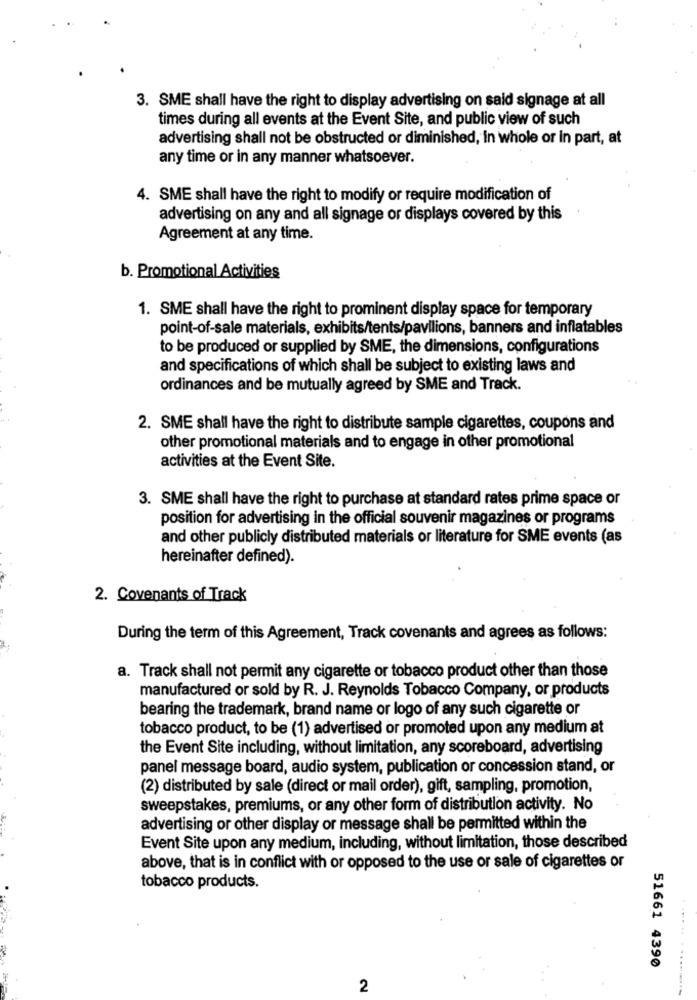
3. SME shall have the right to display advertising on said signage at all
times during all events at the Event Site, and public view of such
advertising shall not be obstructed or diminished, in whole or in part, at
any time or in any manner whatsoever.
4. SME shall have the right to modify or require modification of
advertising on any and all signage or displays covered by this
Agreement at any time.
b. Promotional Activities
1. SME shall have the right to prominent display space for temporary
point-of-sale materials, exhibits/tents/pavilions, banners and inflatables
to be produced or supplied by SME, the dimensions, configurations
and specifications of which shall be subject to existing laws and
ordinances and be mutually agreed by SME and Track.
2. SME shall have the right to distribute sample cigarettes, coupons and
other promotional materials and to engage in other promotional
activities at the Event Site.
3. SME shall have the right to purchase at standard rates prime space or
position for advertising in the official souvenir magazines or programs
and other publicly distributed materials or literature for SME events (as
hereinafter defined).
2. Covenants of Track
During the term of this Agreement, Track covenants and agrees as follows:
a. Track shall not permit any cigarette or tobacco product other than those
manufactured or sold by R. J. Reynolds Tobacco Company, or products
bearing the trademark, brand name or logo of any such cigarette or
tobacco product, to be (1) advertised or promoted upon any medium at
the Event Site including, without limitation, any scoreboard, advertising
panel message board, audio system, publication or concession stand, or
(2) distributed by sale (direct or mail order), gift, sampling, promotion,
sweepstakes, premiums, or any other form of distribution activity. No
advertising or other display or message shall be permitted within the
Event Site upon any medium, including, without limitation, those described
above, that is in conflict with or opposed to the use or sale of cigarettes or
tobacco products.
51661 4390
.. . ......
2